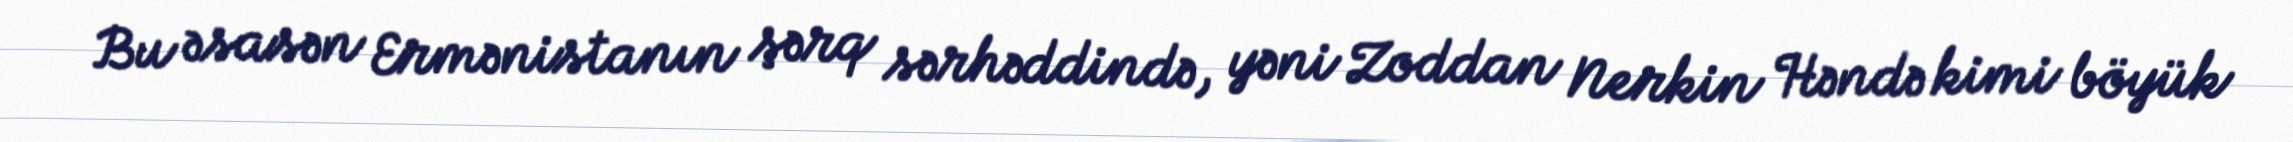
Bu əsasən Ermənistanın şərq sərhəddində, yəni Zoddan Nerkin Həndə kimi böyük